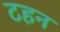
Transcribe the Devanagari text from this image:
टहन